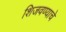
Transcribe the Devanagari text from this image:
शिजवण्याचे